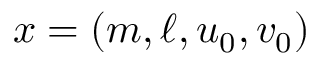
x = ( m , \ell , u _ { 0 } , v _ { 0 } )